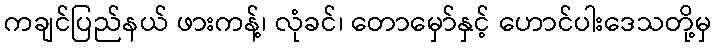
ကချင်ပြည်နယ် ဖားကန့်၊ လုံခင်၊ တောမှော်နှင့် ဟောင်ပါးဒေသတို့မှ